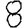
Digit: 8